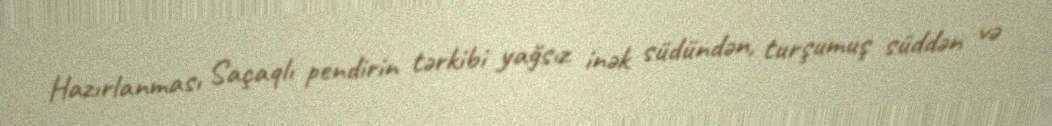
Hazırlanması Saçaqlı pendirin tərkibi yağsız inək südündən, turşumuş süddən və